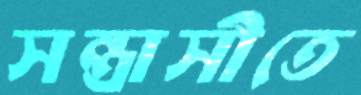
সন্ত্রাসীতে